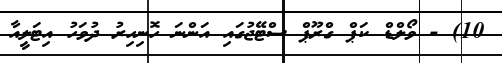
10) - ވޯލްޑް ކަޕް ގްރޫޕް ސްޓޭޖުގައި އަންނަ ހޮނިހިރު ދުވަހު އިޓަލީއާ